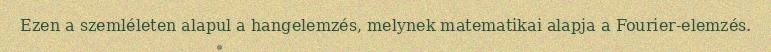
Ezen a szemléleten alapul a hangelemzés, melynek matematikai alapja a Fourier-elemzés.